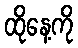
ထိုနေ့ကို